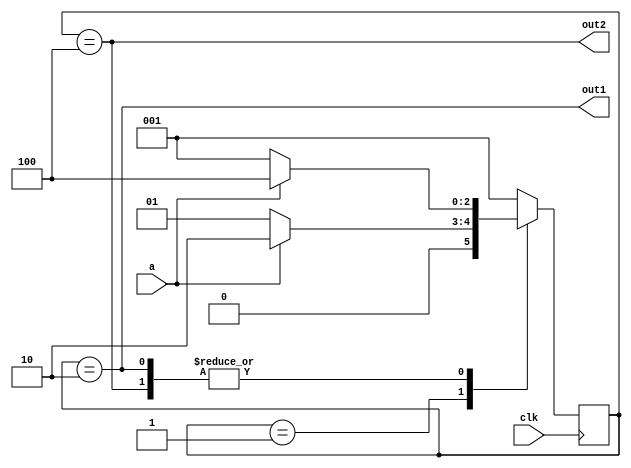
/*
 * Finite state machine.
 * If input 'a' is asserted, the state machine
 * moves IDLE->STATE_1->FINAL and remains in FINAL.
 * If 'a' is not asserted, FSM returns to idle.
 * Output 'out1' asserts when state machine is in
 * STATE_1. 'out2' asserts when state machine is in
 * FINAL state.
 */ 
module fsm(clk, a, out1, out2);
  input  clk;
  input  a;
  output out1;
  output out2;
  
  reg [2:0] state;

  // State encodings
  parameter [2:0]
    IDLE    = 3'b001,
    STATE_1 = 3'b010,
    FINAL   = 3'b100;
    
  // State machine output
  assign out1 = (state == STATE_1);
  assign out2 = (state == FINAL);
  
  // State transitions
  always @(posedge clk) begin
    case (state)
      IDLE:
        if (a) begin
          state <= STATE_1;
        end else begin
          state <= IDLE;
        end
      STATE_1:
        if (a) begin
          state <= FINAL;
        end else begin
          state <= IDLE;
        end
      FINAL:
        if (a) begin
          state <= FINAL;
        end else begin
          state <= IDLE;
        end
      default:
        state <= IDLE;
    endcase
  end

endmodule